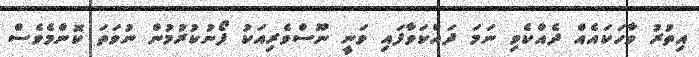
އިތުރު ވާހަކައެއް ދެއްކެވި ނަމަ ދައްކަވާފައި ވަނީ ނޫސްވެރިއަކު ފޯނުކުރުމުން ނުވަތަ ކޮންމެވެސް